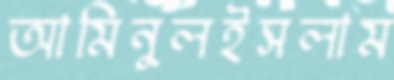
আমিনুলইসলাম